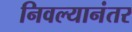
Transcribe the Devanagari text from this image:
निवल्यानंतर